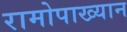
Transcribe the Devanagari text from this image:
रामोपाख्यान